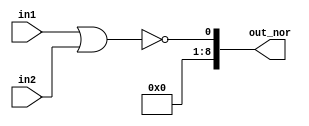
//logical nor
module logical_nor(in1 , in2 , out_nor);
  
  input signed [4:0]in1;
  input signed [4:0]in2;
  output signed [8:0]out_nor;
  
  assign out_nor = !(in1 || in2);
  
endmodule